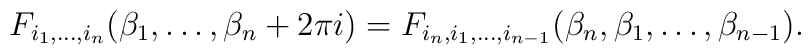
F_{i_1,\dots ,i_n}(\beta_1,\dots ,\beta_n+2\pi i)=F_{i_n,i_1,\dots ,i_{n-1}}(\beta_n,\beta_1,\dots ,\beta_{n-1}).